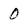
Character: 0